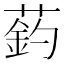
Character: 䔙